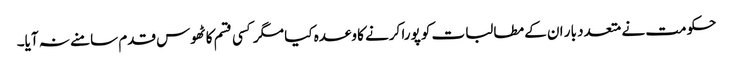
حکومت نے متعدد بار ان کے مطالبات کو پورا کرنے کا وعدہ کیا مگر کسی قسم کا ٹھوس قدم سامنے نہ آیا۔